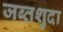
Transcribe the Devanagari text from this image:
जब्तशुदा